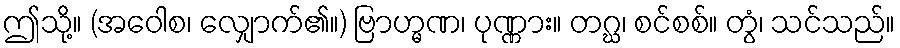
ဤသို့။ (အဝေါစ၊ လျှောက်၏။) ဗြာဟ္မဏ၊ ပုဏ္ဏား။ တဂ္ဃ၊ စင်စစ်။ တွံ၊ သင်သည်။